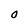
Character: O